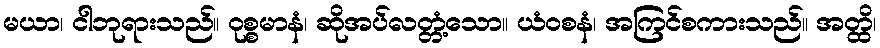
မယာ၊ ငါဘုရားသည်။ ဝုစ္စမာနံ၊ ဆိုအပ်လတ္တံ့သော။ ယံဝစနံ၊ အကြင်စကားသည်။ အတ္ထိ၊